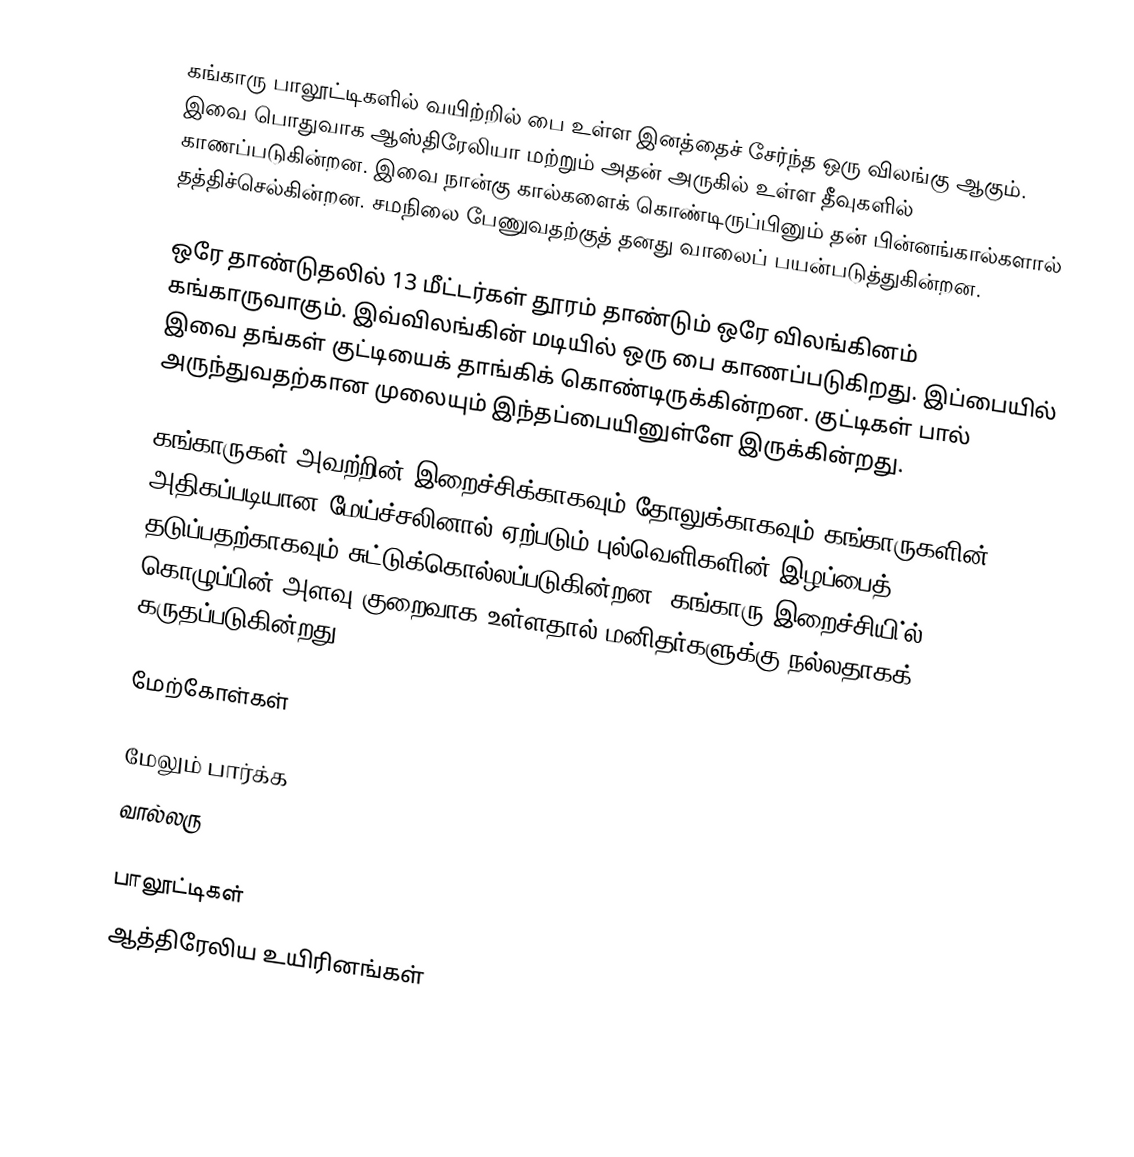
கங்காரு பாலூட்டிகளில் வயிற்றில் பை உள்ள இனத்தைச் சேர்ந்த ஒரு விலங்கு ஆகும். இவை பொதுவாக ஆஸ்திரேலியா மற்றும் அதன் அருகில் உள்ள தீவுகளில் காணப்படுகின்றன. இவை நான்கு கால்களைக் கொண்டிருப்பினும் தன் பின்னங்கால்களால் தத்திச்செல்கின்றன. சமநிலை பேணுவதற்குத் தனது வாலைப் பயன்படுத்துகின்றன.

ஒரே தாண்டுதலில் 13 மீட்டர்கள் தூரம் தாண்டும் ஒரே விலங்கினம் கங்காருவாகும். இவ்விலங்கின் மடியில் ஒரு பை காணப்படுகிறது. இப்பையில் இவை தங்கள் குட்டியைக் தாங்கிக் கொண்டிருக்கின்றன. குட்டிகள் பால் அருந்துவதற்கான முலையும் இந்தப்பையினுள்ளே இருக்கின்றது.

கங்காருகள் அவற்றின் இறைச்சிக்காகவும் தோலுக்காகவும் கங்காருகளின் அதிகப்படியான மேய்ச்சலினால் ஏற்படும் புல்வெளிகளின் இழப்பைத் தடுப்பதற்காகவும் சுட்டுக்கொல்லப்படுகின்றன. கங்காரு இறைச்சியி்ல் கொழுப்பின் அளவு குறைவாக உள்ளதால் மனிதர்களுக்கு நல்லதாகக் கருதப்படுகின்றது.

மேற்கோள்கள்

மேலும் பார்க்க
 வால்லரு

பாலூட்டிகள்
ஆத்திரேலிய உயிரினங்கள்